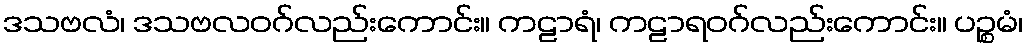
ဒသဗလံ၊ ဒသဗလဝဂ်လည်းကောင်း။ ကဠာရံ၊ ကဠာရဝဂ်လည်းကောင်း။ ပဉ္စမံ၊